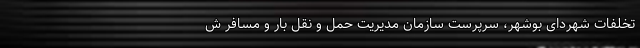
تخلفات شهردای بوشهر، سرپرست سازمان مدیریت حمل و نقل بار و مسافر ش